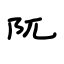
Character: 阢